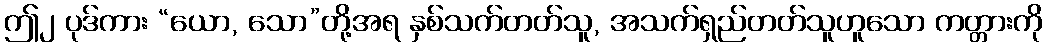
ဤ၂ ပုဒ်ကား “ယော, သော”တို့အရ နှစ်သက်တတ်သူ, အသက်ရှည်တတ်သူဟူသော ကတ္တားကို